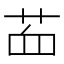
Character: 𦭾